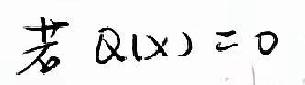
若 $Q(x)=0$